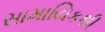
સામાયિકથી